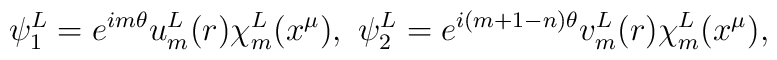
\psi_1^L=e^{im\theta}u_m^L(r)\chi_m^L(x^\mu),~\psi_2^L=e^{i(m+1-n)\theta}v_m^L(r)\chi_m^L(x^\mu),